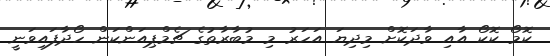
ކޮމޯ ކޮކޯ އާއި ވާދަކޮށް މިދިޔަ އަހަރު މި މުބާރާތުގެ ޗެމްޕިއަންކަން ހޯދާފައިވަނީ